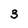
Character: 3